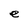
Character: e